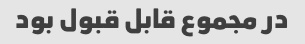
در مجموع قابل قبول بود